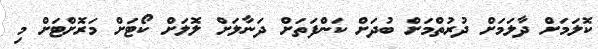
ކޮލަމަށް ދާލަމަށް ދުރުތްމަށް ބުދަށް ކަންފަތަށް ދަނާލަށް ލޮލަށް ކޯޓަށް މަރޮށްޓަށް މި